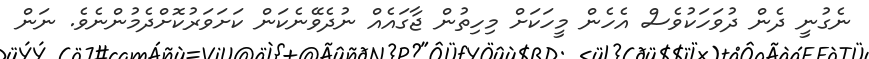
ނެގުނީ ދެން ދުވަހަކުވެސް އެހެން މީހަކަށް މިހިތުން ޖާގައެއް ނުދެވޭނެކަން ކަށަވަރުކޮށްދެމުންނެވެ. ނަން